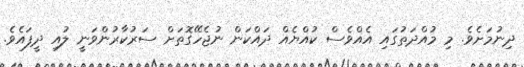
ދިނުމަށެވެ. މި މުއްދަތުގައި އެއްވެސް ކުއްޔެއް ދައްކަން ނުޖެހޭގޮތަށް ސަރުކާރުންވަނީ ލުއި ދީފައެވެ.